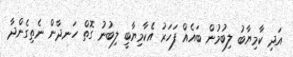
އަދި ކާމިޔާބު ލިބުމުން ބައެއް ފަހަރު އެކާމިޔާބީ ލިބުނު ގޮތް ހަނދާން ނެތިގެންދާ